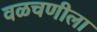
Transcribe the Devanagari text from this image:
वळचणीला